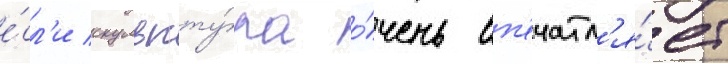
е́сл'и скульпту́ра о́чень вп'ечатл'я́ет